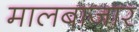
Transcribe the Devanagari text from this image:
मालबाजार